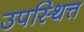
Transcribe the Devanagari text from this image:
उपस्थित्त